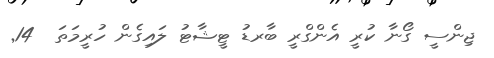
ޖިންސީ ގޯނާ ކުރީ އެންގްރީ ބާރޑު ޓީޝާޓު ލައިގެން ހުރީމަތަ  14